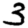
Digit: 3